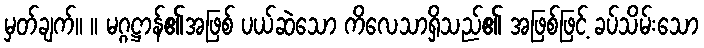
မှတ်ချက်။ ။ မဂ္ဂဋ္ဌာန်၏အဖြစ် ပယ်ဆဲသော ကိလေသာရှိသည်၏ အဖြစ်ဖြင့် ခပ်သိမ်းသော